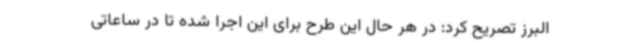
البرز تصریح کرد: در هر حال این طرح برای این اجرا شده تا در ساعاتی